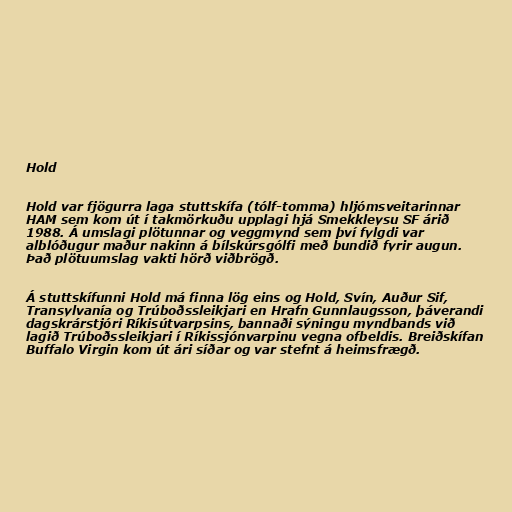
Hold

Hold var fjögurra laga stuttskífa (tólf-tomma) hljómsveitarinnar
HAM sem kom út í takmörkuðu upplagi hjá Smekkleysu SF árið
1988. Á umslagi plötunnar og veggmynd sem því fylgdi var
alblóðugur maður nakinn á bílskúrsgólfi með bundið fyrir augun.
Það plötuumslag vakti hörð viðbrögð.

Á stuttskífunni Hold má finna lög eins og Hold, Svín, Auður Sif,
Transylvanía og Trúboðssleikjari en Hrafn Gunnlaugsson, þáverandi
dagskrárstjóri Ríkisútvarpsins, bannaði sýningu myndbands við
lagið Trúboðssleikjari í Ríkissjónvarpinu vegna ofbeldis. Breiðskífan
Buffalo Virgin kom út ári síðar og var stefnt á heimsfrægð.